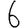
Digit: 6